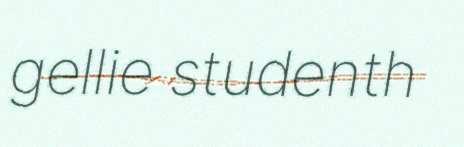
gellie studenth